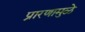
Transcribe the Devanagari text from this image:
प्रारणामुळे